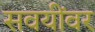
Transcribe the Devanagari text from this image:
सवयींवर